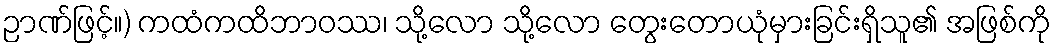
ဉာဏ်ဖြင့်။) ကထံကထိဘာဝဿ၊ သို့လော သို့လော တွေးတောယုံမှားခြင်းရှိသူ၏ အဖြစ်ကို